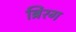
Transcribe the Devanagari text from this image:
ब्रिंरग